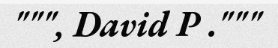
""", David P ."""